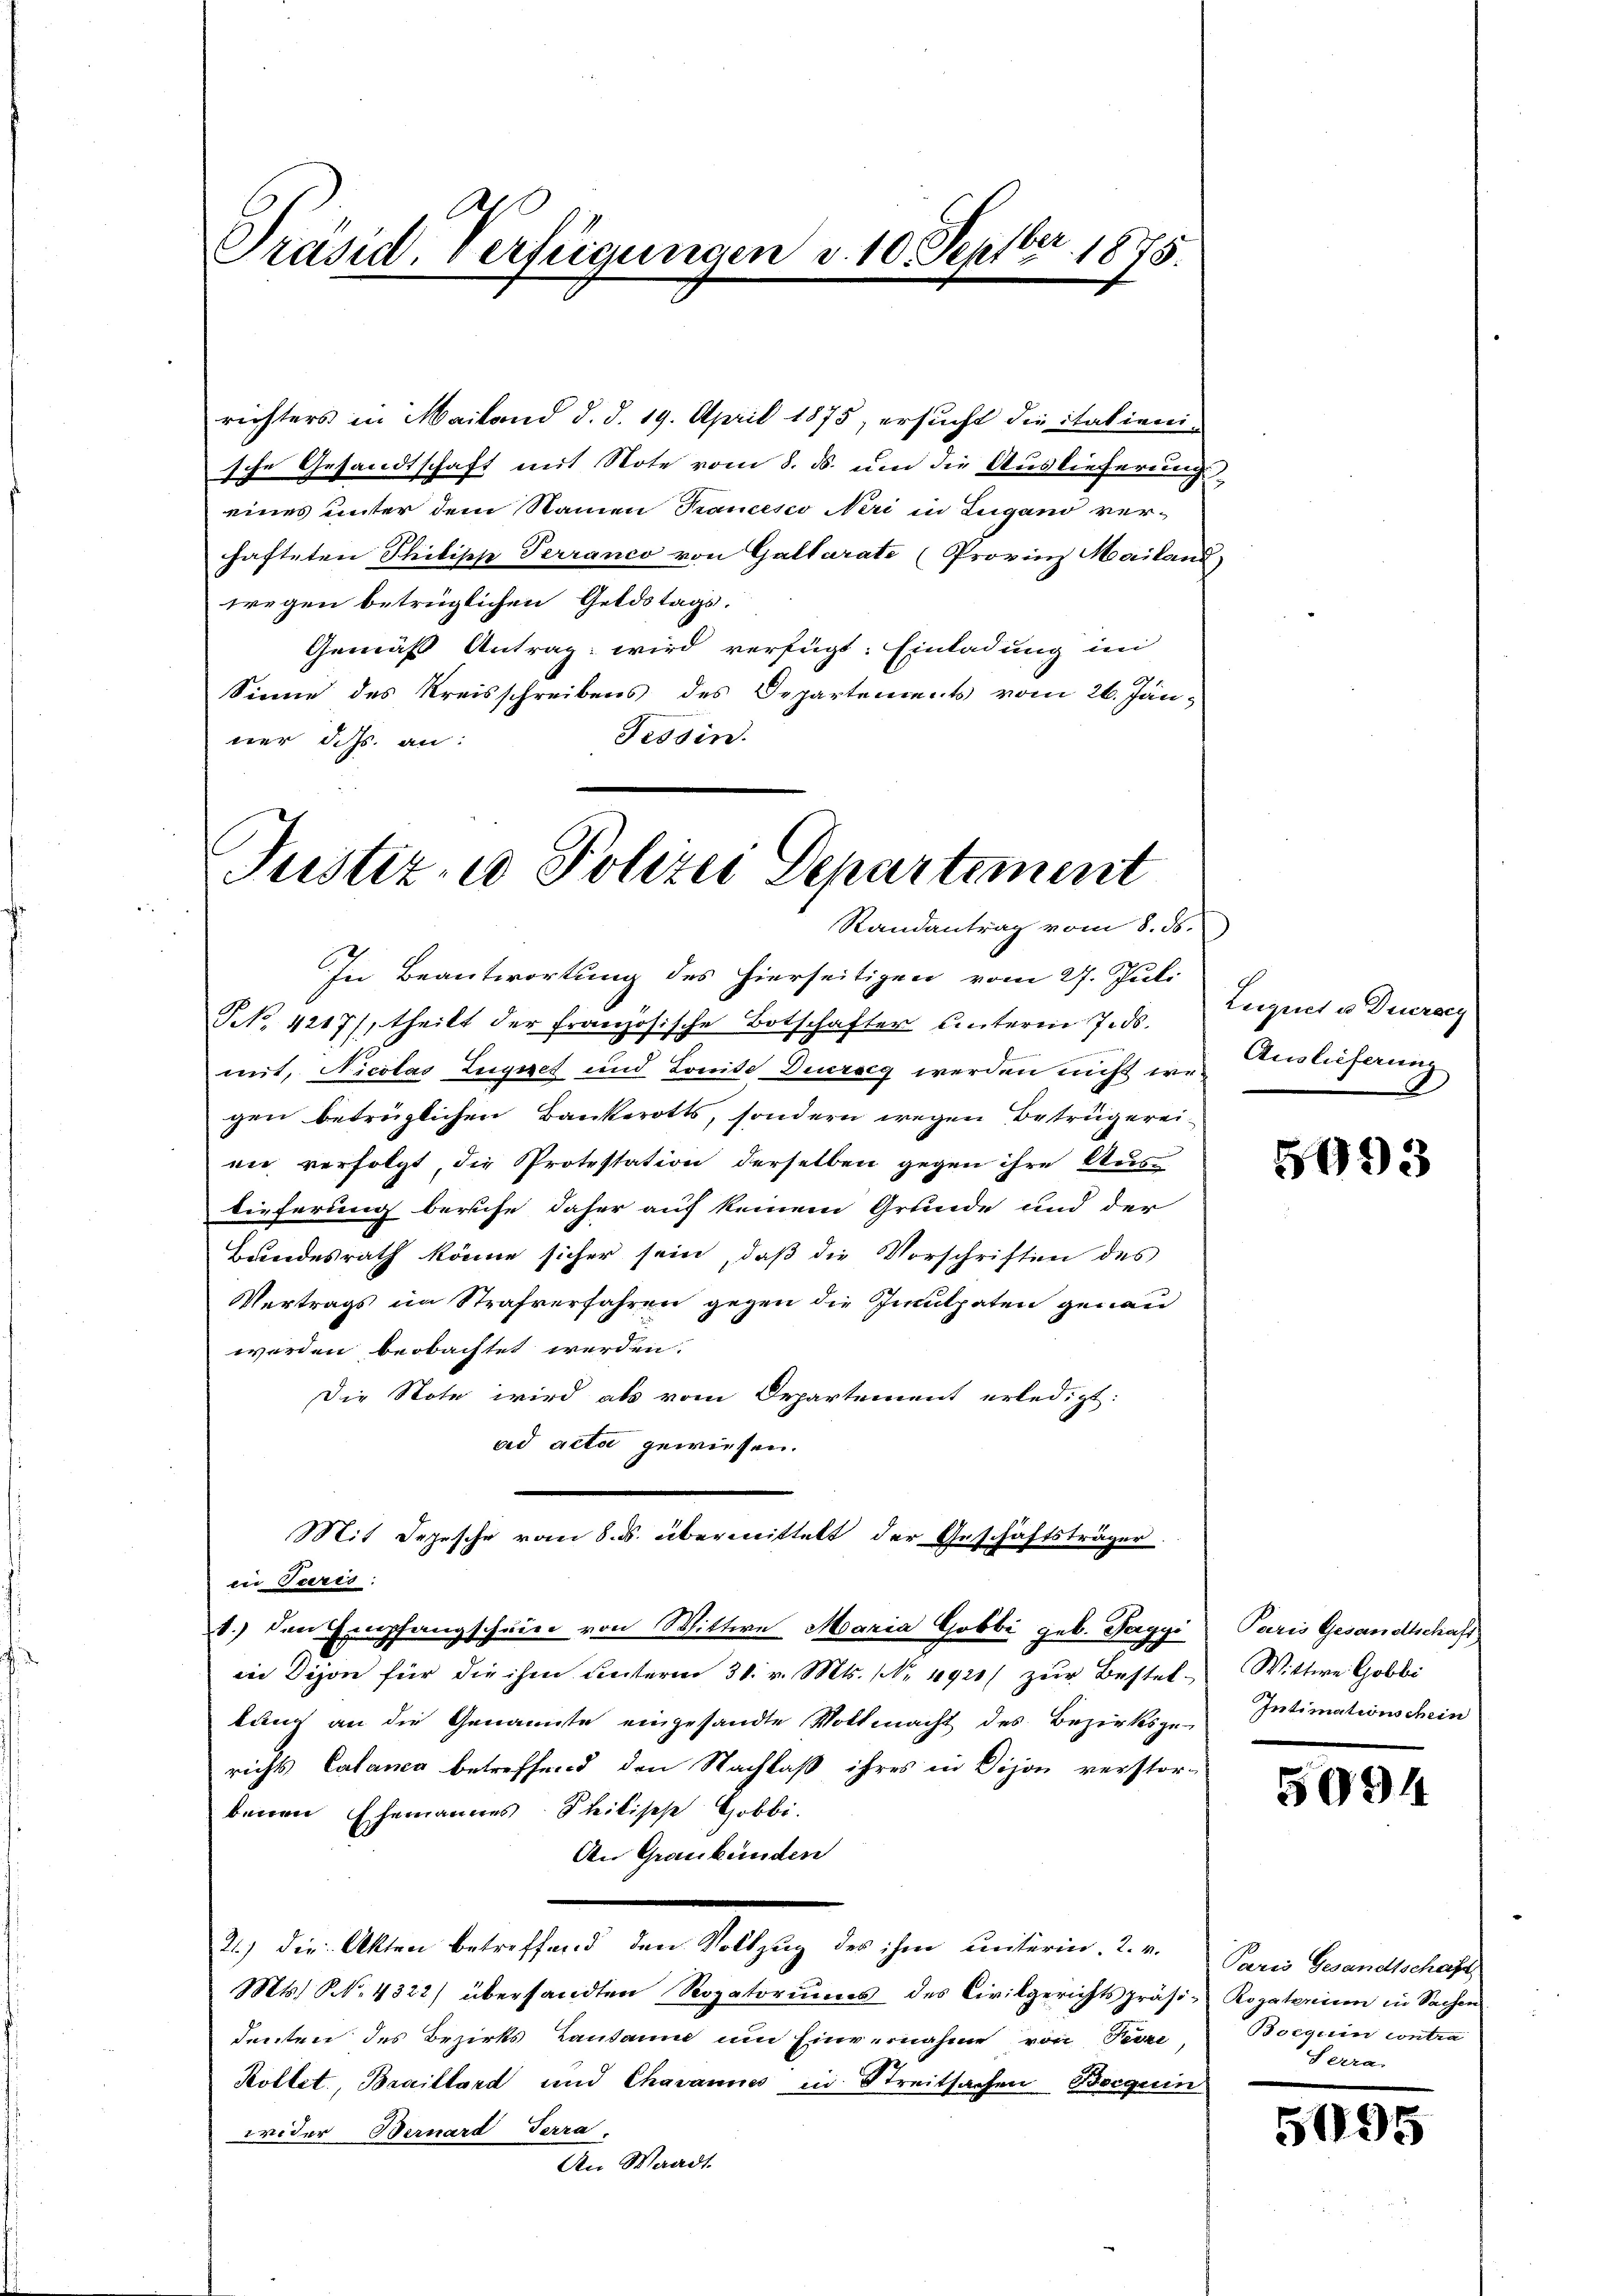
ber
Präsid, verfügungen v. 10. Sept. 1875.

richters in Mailand d. d. 19. April 1875, ersucht die italieni-
sche Gesandtschaft mit Note vom 8. ds. um die Auslieferung
eines unter dem Namen Trancesco Neri in Lugano ver-
hafteten Philipp Terranco von Gallarate (Provinz Mailand)
wegen betrüglichen Geldstags.
Gemäß Antrag wird verfügt: Einladung im
21
Sinne des Kreisschreibens des Departements vom 26. Jän¬
Tessin.
ner d. Js. an:

Justiz- u Polizei Departement
Randantrag vom 8. ds.

In Beantwortung des hierseitigen vom 27. Juli
NNo. 4217/, theilt der französische Botschafter unterm 7. ds.
mit, Nicolas Zugnet und Louise Diurscg werden nicht wegen betrüglichen Bankerotts, sondern wegen Betrügereiei verfolgt, die Protestation derselben gegen ihre Austieferung beruhe daher auf keinem Grunde und der
Bundesrath könne sicher sein, daß die Vorschriften des
Vertrags im Strafverfahren gegen die Inculpaten genau
werden beobachtet werden.
Die Note wird als vom Departement erledigt:
ad acta gewiesen.
in Teres:
1.) den Empfangscheine von Wittwe Maria Gobbi geb. Tagyi
in Dison für die ihm unterm 31. v. Mts. (Nr. 4920/ zŭr Bestel-Wittwe Gobbi
lung an die Genannte eingesandte Vollmacht des Bezirksge-Intimationschein
richts Calanca betreffend den Nachlaß ihres in Vijon verstor-
benen Ehemannes Stilische Gobbi.
An Graubünden
d., die Aber betretenen Sitzung der zur Landten die
Mts. N. 4322) übersandten Rogatoriŭms des Civilgerichtspräsi-
denten des Bezirks Landann um Einvernahme von Peci,
Kollet, Braillard und Chavannes in Streitsachen Boguin
wider Bernard Terra-
An Waadt.

Mit Depesche vom 8. ds. übermittelt der Geschäftsträger

Leignet u. Ducrscy
Auslieferung

5993

Paris Gesandtschaft

5094

Paris Gesandtschaft
Rogaterium in Sachen
Boeguin contra
Serra

5995